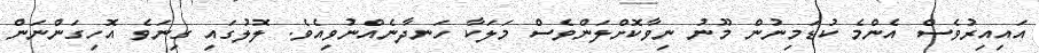
އައިއިރުވެސް އެންމެ ކުޑަމިނުން މޫނު ނިވާކޮށްލަންވެސް މަލަކާ ހަނދާނެއްނުވިއެވެ. ލޮލުގައި ގިނަވެ އޮހިގަންނަން